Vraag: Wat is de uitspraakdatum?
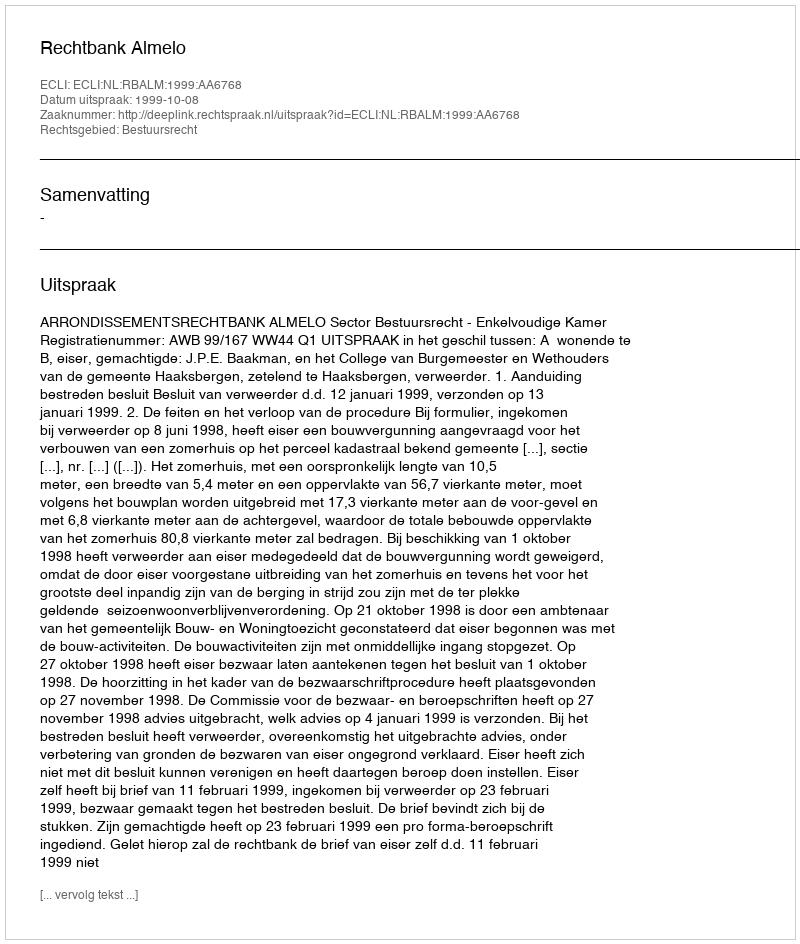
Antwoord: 1999-10-08